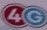
4G